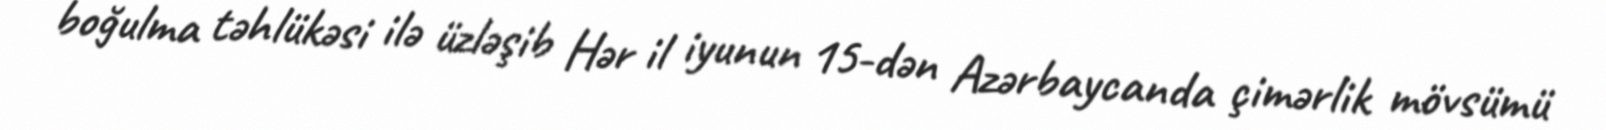
boğulma təhlükəsi ilə üzləşib Hər il iyunun 15-dən Azərbaycanda çimərlik mövsümü